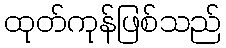
ထုတ်ကုန်ဖြစ်သည်